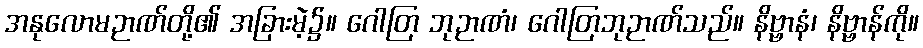
အနုလောမဉာဏ်တို့၏ အခြားမဲ့၌။ ဂေါတြ ဘုဉာဏံ၊ ဂေါတြဘုဉာဏ်သည်။ နိဗ္ဗာနံ၊ နိဗ္ဗာန်ကို။